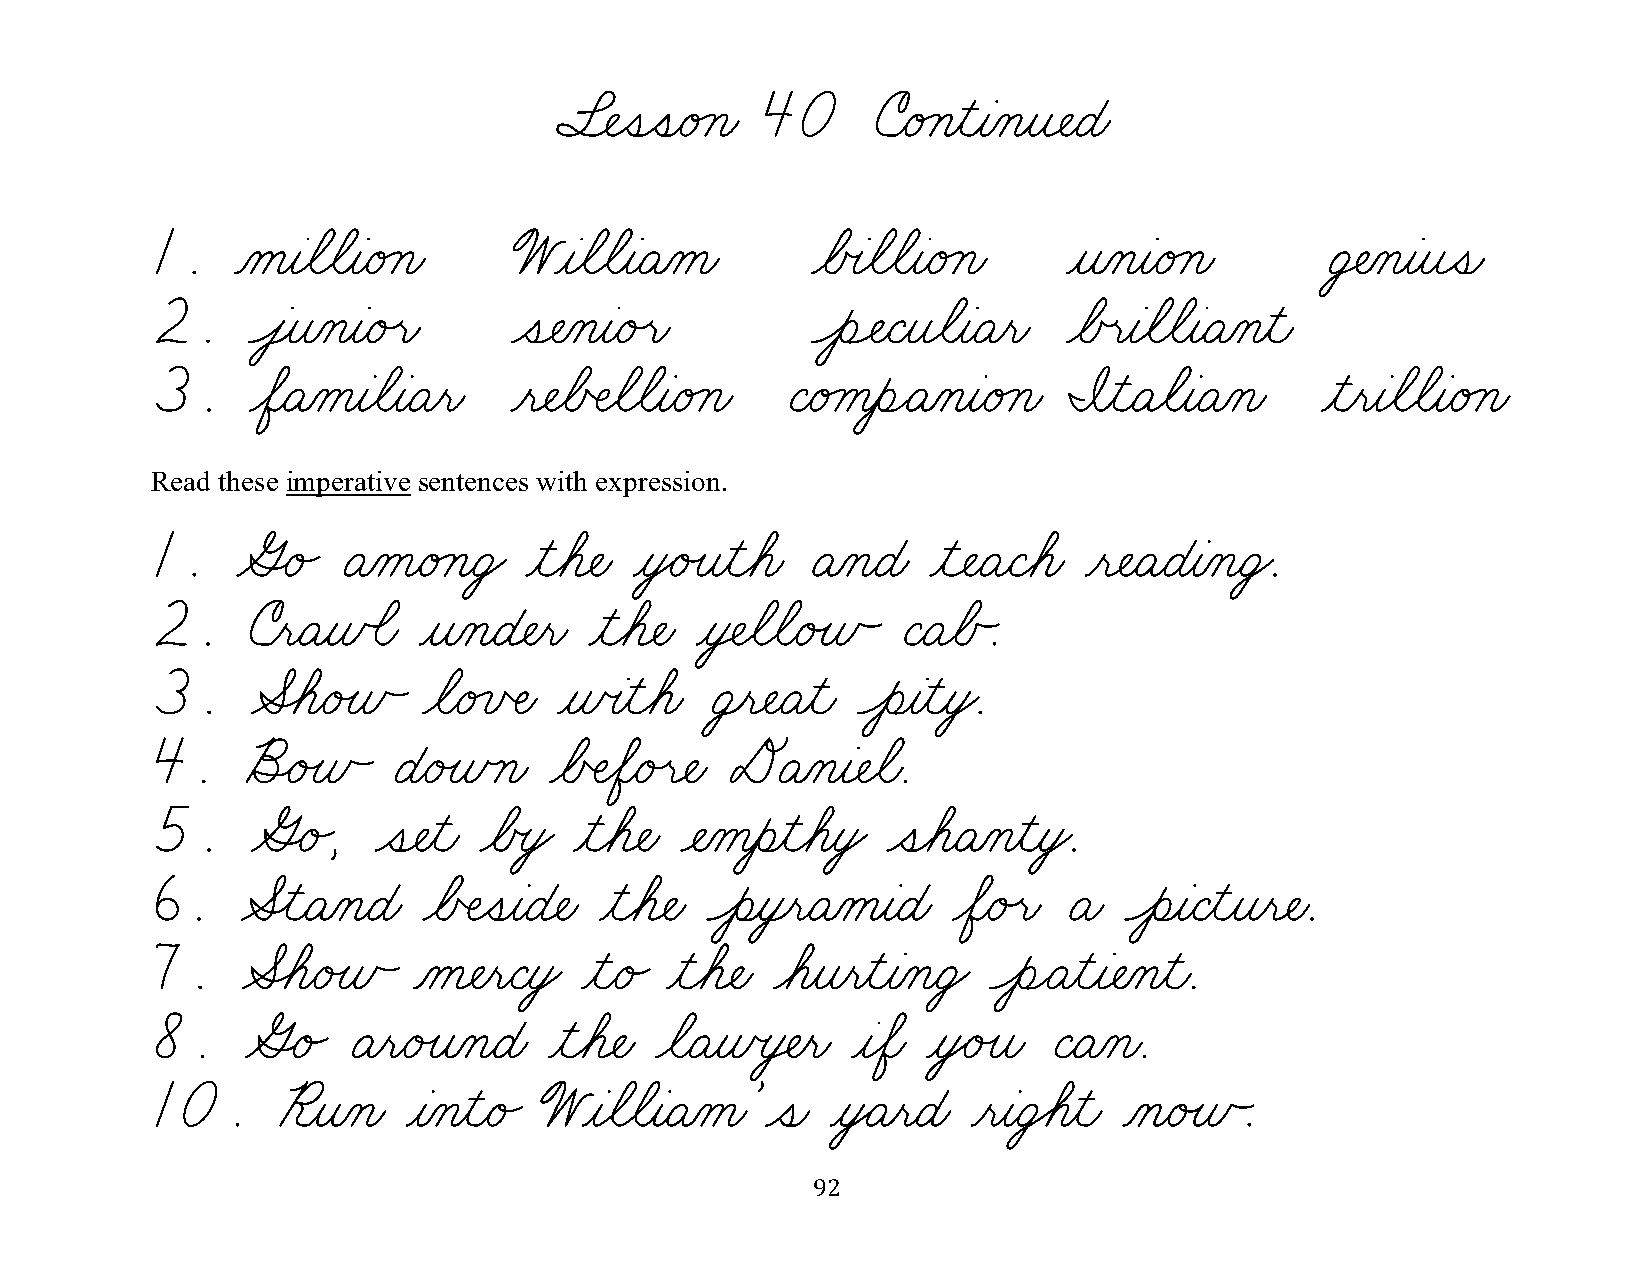
§¬ÑˆíˆíæéÁçæ 40      úæéÁçƒìƒàÀçƒî¬ÑæÉæ
 1.    ÀåƒàøãøãƒàæéÁçæ   WƒàøãøãƒàæÄÀåæ      øÅœàøãøãƒàæéÁçæ  ƒîÀçƒàæéÁçæ     Ü‡ÑÀçƒàƒîˆíæ
 2.    Ôâ¸îÀçƒàæéÙëæ     ˆí¬ÑÀçƒàæéÙëæ       ÔèÓÑæÇƒîøãƒàæÄƒëæ øÅœëƒàøãøãƒàæÄÀçƒìæ
 3.     øÖæÄÀåƒàøãƒàæÄƒëæ ƒë¬ÑøÅŒÑøãøãƒàæéÁçæ ÇæéÁåƒèÌÄÀçƒàæéÁçæ ˜ƒìæÄøãƒàæÄÀçæ ƒìƒëƒàøãøãƒàæéÁçæ
 Read these imperative sentences with expression.
 1.    ûËé„  ÄÀåæéÁçæÜŸ   ƒìøá¬Ñæ ƒòŸéÙîƒìøáæ ÄÀçæÉæ ƒì¬ÑæÄæÇøáæ ƒë¬ÑæÄæÉƒàÀçæÜŸ.
 2.    úƒëæÄƒñÕãæ  ƒîÀçæÉ¬Ñƒëæ ƒìøá¬Ñæ ƒò‡ÑøãøãæéÙñÃ ÇæÄøÅÃ.
 3.     ÆÈáæéÙñÃ   øãæéÁïŒÑæ ƒñœàƒìøáæ Ü¸ë¬ÑæÄƒìæ ÔèƒàƒìƒòŸ.
 4.    õËéÙñÃ    ÉæéÙñÿçæ  øÅŒÑøÖæéÙë¬Ñæ DÄÀçƒà¬Ñøãæ.
 5.     ûËé„,   ˆí¬Ñƒìæ øÅœòŸ ƒìøá¬Ñæ ¬ÑÀåƒèƒìøáƒòŸ ˆíøáæÄÀçƒìƒòŸ.
 6.    ÆÎìæÄÀçæÉæ  øÅŒÑˆíƒàæÉ¬Ñæ ƒìøá¬Ñæ Ôèƒò¸ëæÄÀåƒàæÉæ øÖæéÙëæ Äæ ÔèƒàæÇƒìƒîƒë¬Ñæ.
 7.    ÆÈáæéÙñÃ   Àå¬ÑƒëæÇƒòŸ ƒìæé„ ƒìøá¬Ñæ øáƒîƒëƒìƒàÀçæÜŸ ÔèÌÄƒìƒà¬ÑÀçƒìæ.
 8.    ûËé„   ÄƒëæéÙîÀçæÉæ ƒìøá¬Ñæ øãæÄƒñœò‡Ñƒëæ ƒàøÖæ ƒòŸéÙîæ ÇæÄÀçæ.
 10.     ¨ƒîÀçæ   ƒàÀçƒìæé„ WƒàøãøãƒàæÄÀåæ’ˆíæ ƒòŸÄƒëæÉæ ƒëƒàæÜ€áƒìæ ÀçæéÙñÃ.
 92